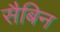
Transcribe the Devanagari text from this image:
सैबिन